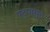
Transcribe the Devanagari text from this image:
पटुपासून